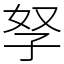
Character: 孥